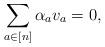
LaTeX: \begin{align*}\sum_{a\in [n]} \alpha_a v_a =0,\end{align*}